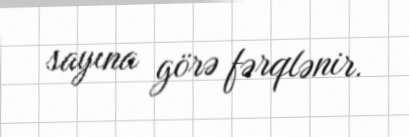
sayına görə fərqlənir.